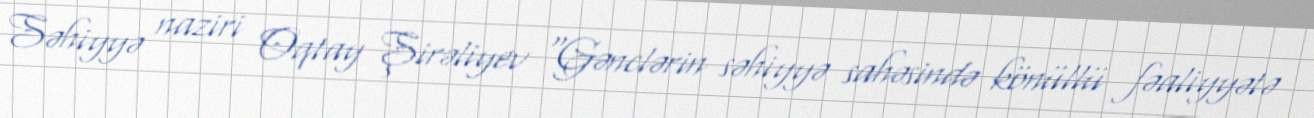
Səhiyyə naziri Oqtay Şirəliyev “Gənclərin səhiyyə sahəsində könüllü fəaliyyətə